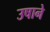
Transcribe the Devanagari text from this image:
उषाने